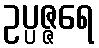
ဥပ္ပဇ္ဇရေ